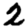
Digit: 2